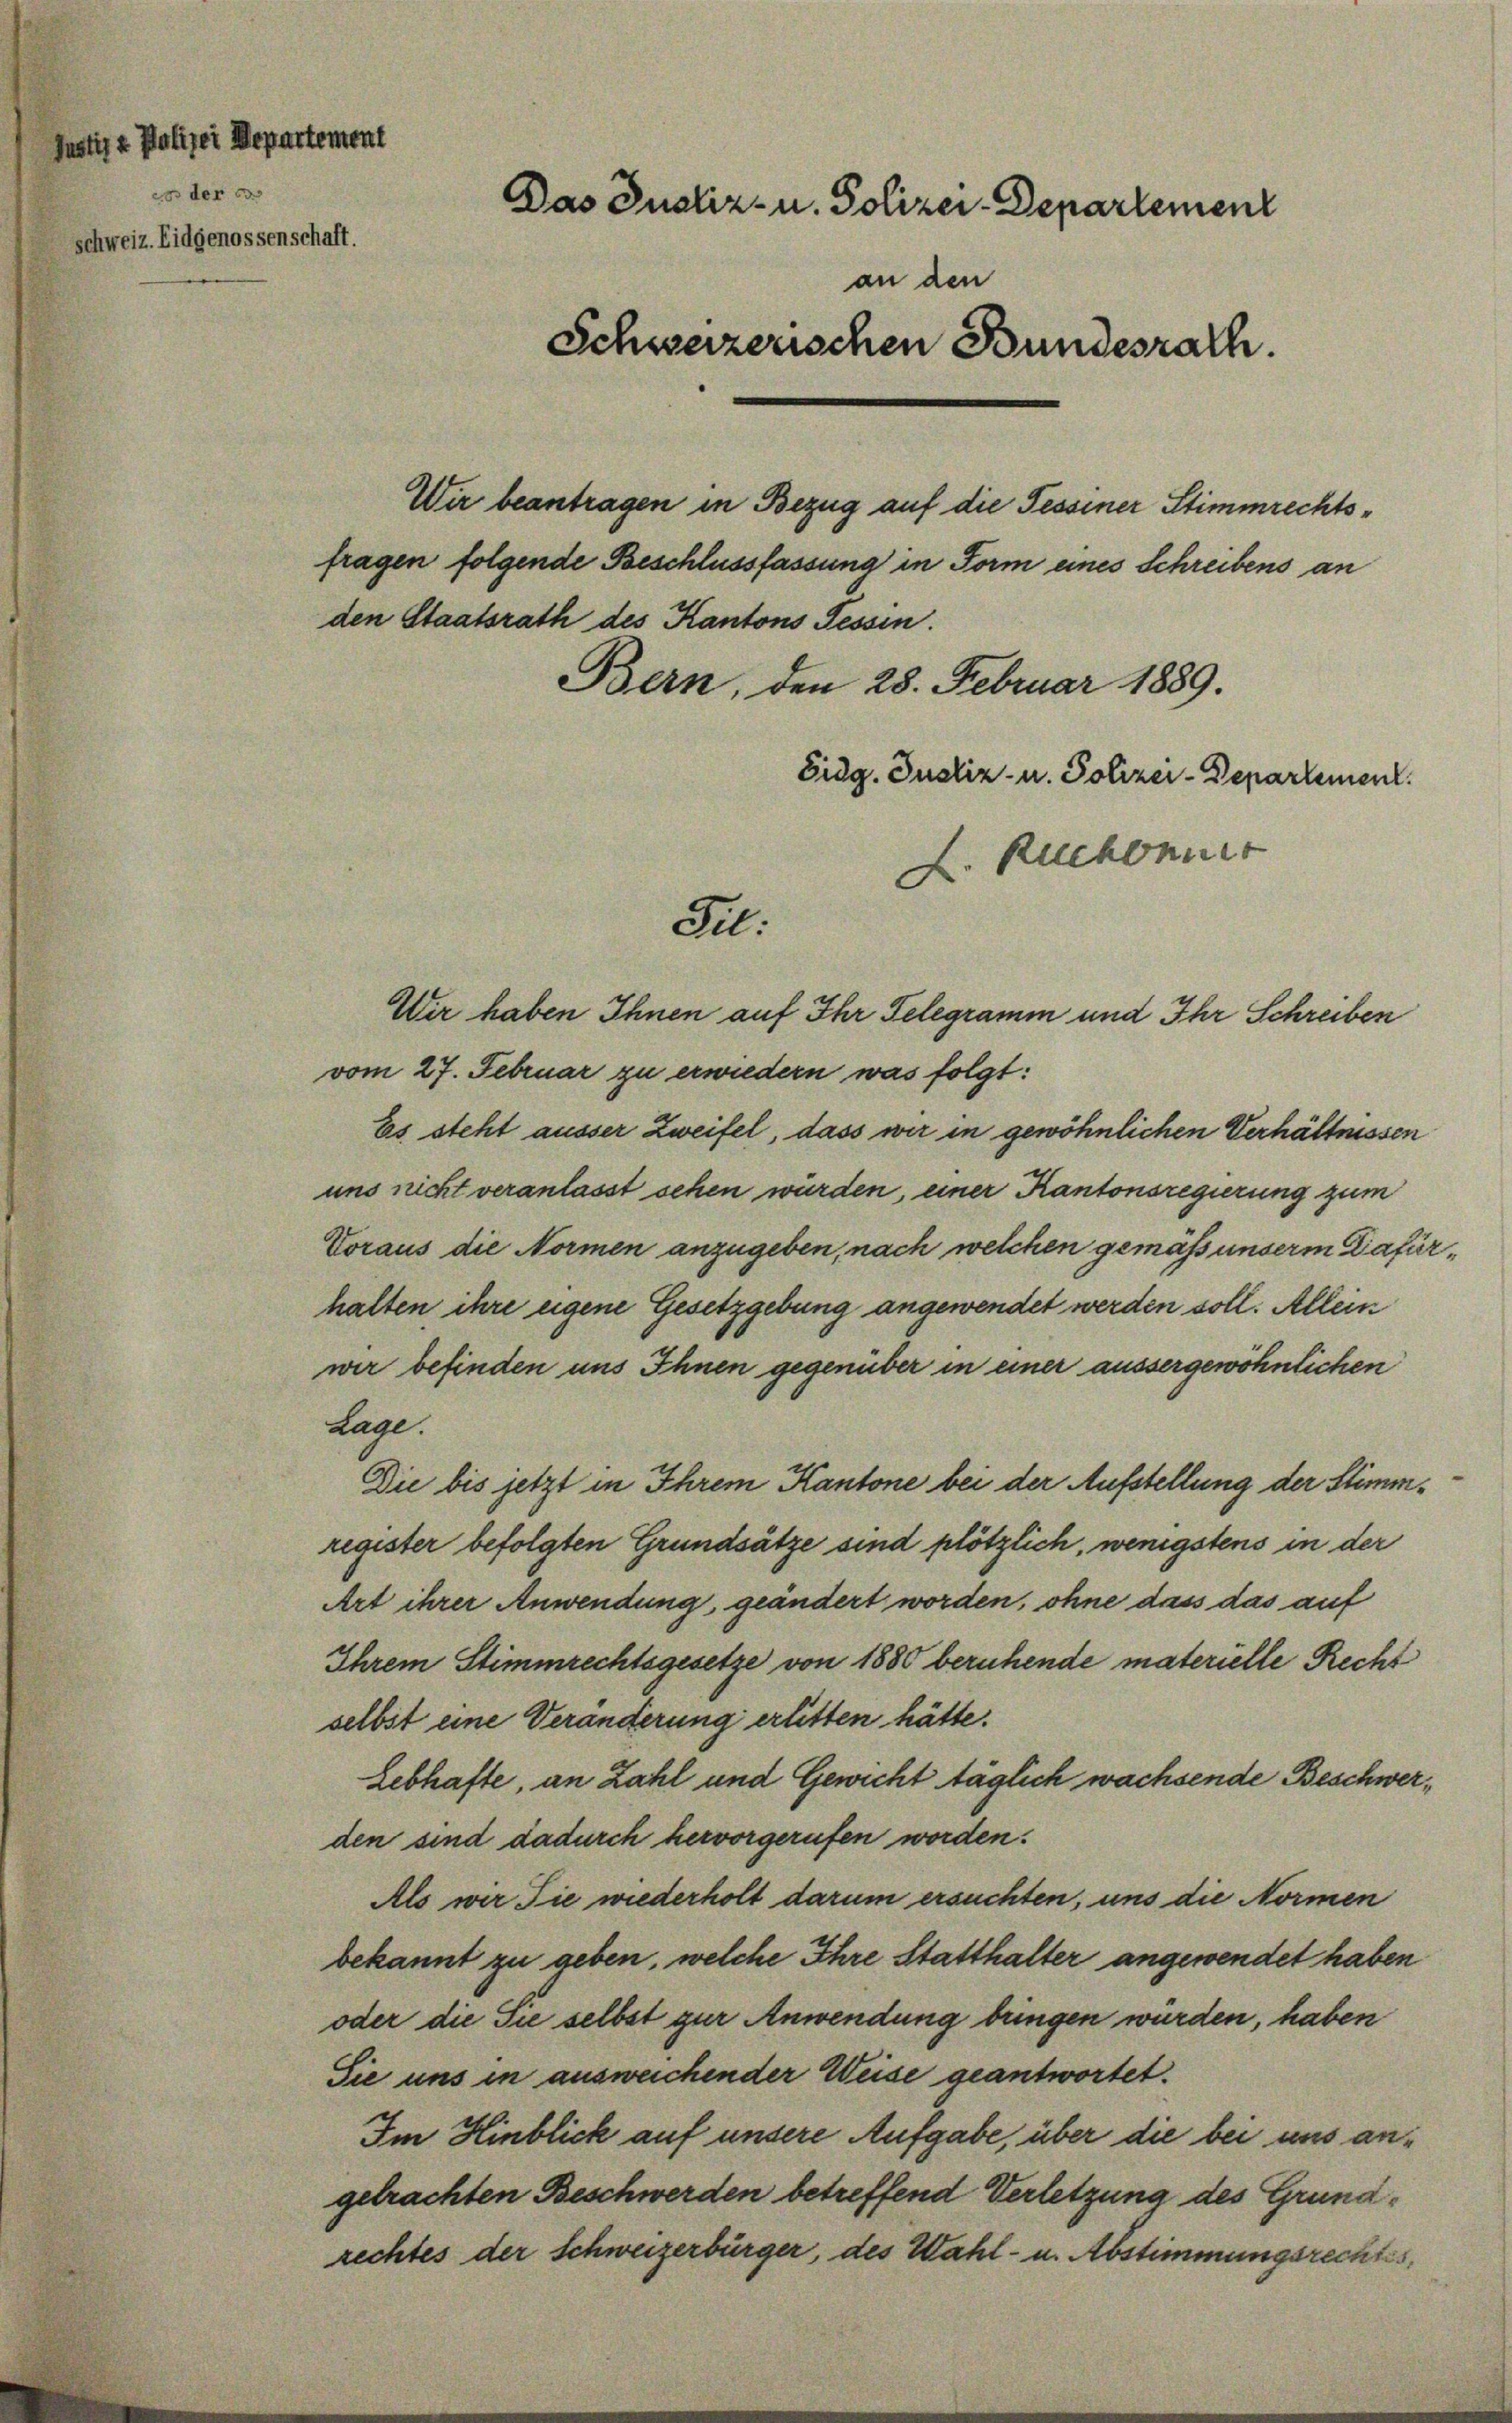
co der co
Schweiz. Eidgenossenschaft.

Justiz & Polizei Departement

Das Justiz- u. Polizei-Departement
an den
Schweizerischen Bundesrath.
Wir beantragen in Bezug auf die Tessiner Stimmrechtsfragen folgende Beschlussfassung in Form eines Schreibens an
den Staatsrath des Kantons Tessin.
Bern, den 28. Februar 1889.
Eidg. Justiz- u. Polizei-Departement
L. Ruchonner
Se.

Wir haben Ihnen auf Ihr Telegramm und Ihr Schreiben
vom 27. Februar zu erwiedern was folgt:
Es steht äusser Zweifel, dass wir in gewöhnlichen Verhältnissen
uns nicht veranlasst sehen würden, einer Kantonsregierung zum
Voraus die Normen anzugeben, nach welchen gemäss unserm Dafürhalten ihre eigene Gesetzgebung angewendet werden soll. Allein
wir befinden uns Ihnen gegenüber in einer aussergewöhnlichen
Lage.
Die bis jetzt in Ihrem Kantone bei der Aufstellung der Stimmregister befolgten Grundsätze sind plötzlich, wenigstens in der
Art ihrer Anwendung, geändert worden, ohne dass das auf
Ihrem Stimmrechtsgesetze von 1880 beruhende materielle Recht
selbst eine Veränderung erlitten hätte.
Lebhafte, an Zahl und Gewicht täglich wachsende Beschwerden sind dadurch hervorgerufen worden.
Als wir Sie wiederholt darum ersuchten, uns die Normen
bekannt zu geben, welche Ihre Statthalter angewendet haben
oder die Sie selbst zur Anwendung bringen würden, haben
Sie uns in ausweichender Weise geantwortet.
Im Hinblick auf unsere Aufgabe, über die bei uns angetrachten Beschwerden betreffend Verletzung des Grundrechtes der Schweizerbürger, des Wahl- u. Abstimmungsrechtes,